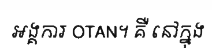
អង្គការ OTAN។ គឺ នៅក្នុង